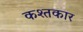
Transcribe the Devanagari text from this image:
कश्तकार